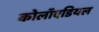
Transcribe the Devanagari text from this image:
कोलॉएडियल